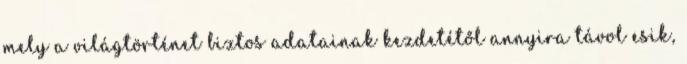
mely a világtörténet biztos adatainak kezdetétől annyira távol esik,